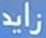
زايد